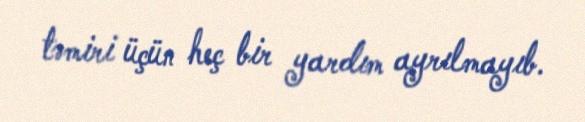
təmiri üçün heç bir yardım ayrılmayıb.